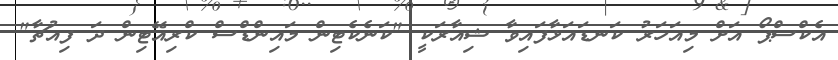
އެކްސްޕޯ އަށް މިއަހަރު ކަނޑައަޅާފައިވާ ޝިއާރަކީ "ކަނެކެޓިން މައިންޑްސް ކްރިއޭޓިން ދަ ފިއުޗާ"